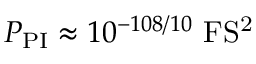
P _ { \mathrm { P I } } \approx 1 0 ^ { - 1 0 8 / 1 0 } ~ \mathrm { F S ^ { 2 } }